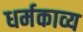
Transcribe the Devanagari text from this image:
धर्मकाव्य